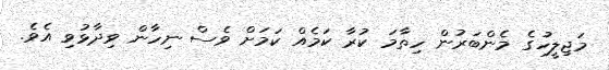
މަޖިލީހުގެ މެންބަރުން ހިތާމަ ކުރާ ކަމެއް ކަމަށް ވެސް ނިހާން ވިދާޅުވި އެވެ.